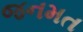
જનમત